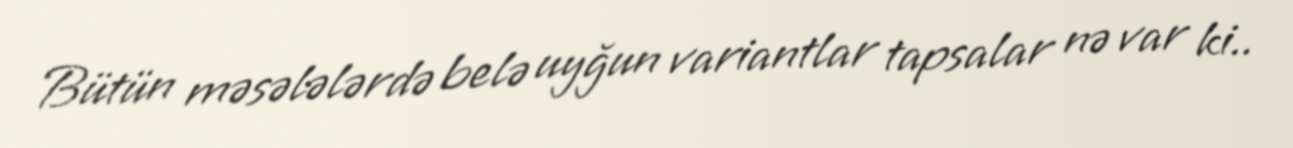
Bütün məsələlərdə belə uyğun variantlar tapsalar nə var ki..